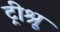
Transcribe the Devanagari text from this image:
ट्रीश्रू